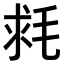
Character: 𣭳